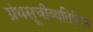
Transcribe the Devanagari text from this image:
ग्रंथसूचीव्यतिरिक्त